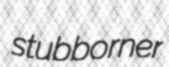
stubborner